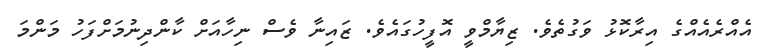
އެއްރެއެއްގެ އިރާކޮޅު ވަގުތެވެ. ޒިޔާމްވީ އޮފީހުގައެވެ. ޒައިނާ ވެސް ނިހާއަށް ކާންދިނުމަށްފަހު މަންމަ